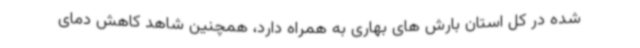
شده در کل استان بارش های بهاری به همراه دارد، همچنین شاهد کاهش دمای